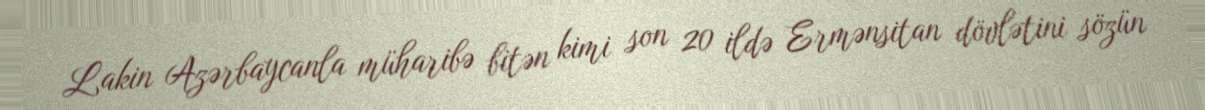
Lakin Azərbaycanla müharibə bitən kimi son 20 ildə Ermənsitan dövlətini sözün